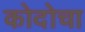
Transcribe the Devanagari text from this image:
कोदोचा